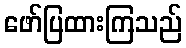
ဖော်ပြထားကြသည်